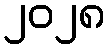
၂၀၂၈